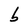
Character: b